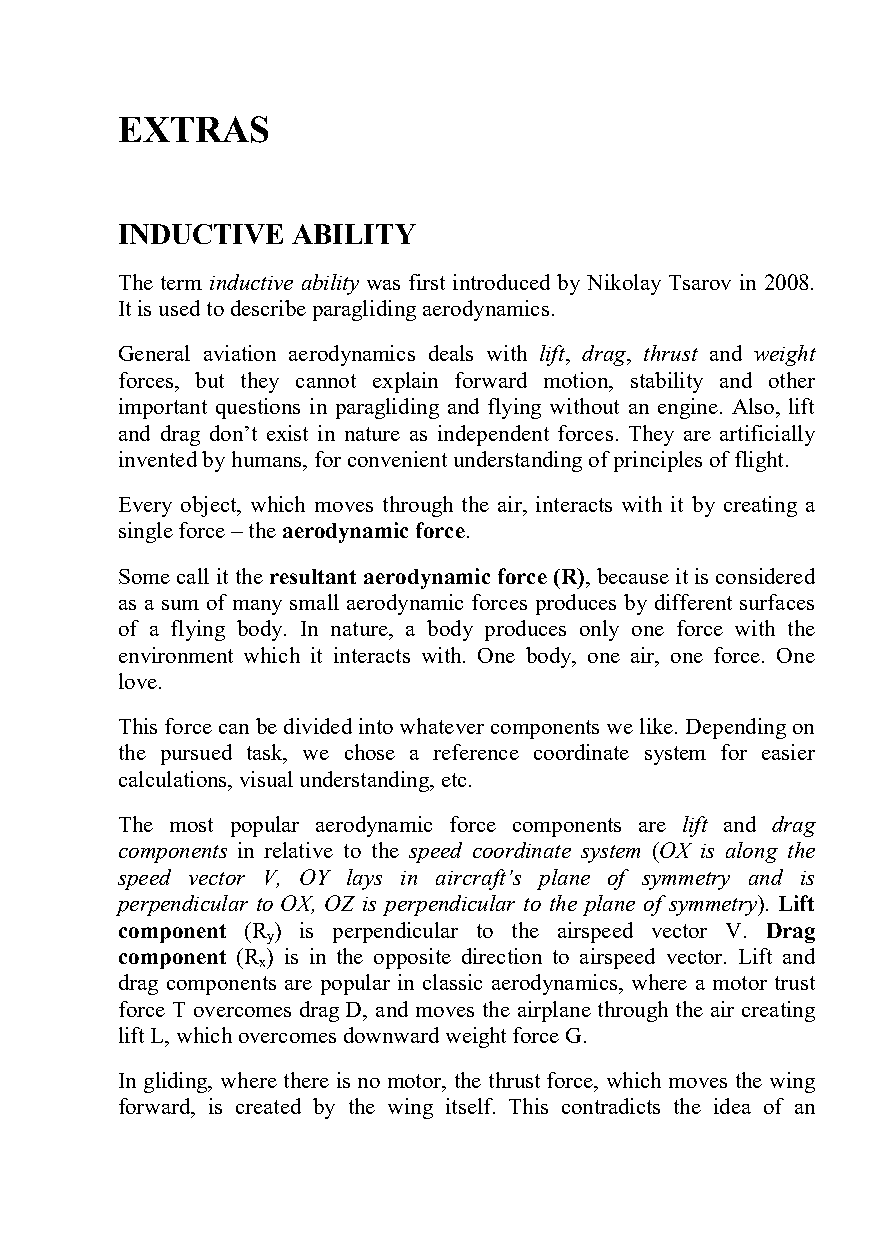
EXTRAS
 INDUCTIVE  ABILITY
 The term inductive ability was first introduced by Nikolay Tsarov in 2008.
 It is used to describe paragliding aerodynamics.
 General aviation aerodynamics deals with lift, drag, thrust and weight
 forces, but they cannot explain forward motion, stability and other
 important questions in paragliding and flying without an engine. Also, lift
 and drag don’t exist in nature as independent forces. They are artificially
 invented by humans, for convenient understanding of principles of flight.
 Every object, which moves through the air, interacts with it by creating a
 single force – the aerodynamic force.
 Some call it the resultant aerodynamic force (R), because it is considered
 as a sum of many small aerodynamic forces produces by different surfaces
 of a flying body. In nature, a body produces only one force with the
 environment which it interacts with. One body, one air, one force. One
 love.
 This force can be divided into whatever components we like. Depending on
 the pursued task, we chose a reference coordinate system for easier
 calculations, visual understanding, etc.
 The most popular aerodynamic force components are lift and drag
 components in relative to the speed coordinate system (OX is along the
 speed vector V, OY lays in aircraft’s plane of symmetry and is
 perpendicular to OX, OZ is perpendicular to the plane of symmetry). Lift
 component (R ) is perpendicular to the airspeed vector V. Drag
 y
 component (R ) is in the opposite direction to airspeed vector. Lift and
 x
 drag components are popular in classic aerodynamics, where a motor trust
 force T overcomes drag D, and moves the airplane through the air creating
 lift L, which overcomes downward weight force G.
 In gliding, where there is no motor, the thrust force, which moves the wing
 forward, is created by the wing itself. This contradicts the idea of an